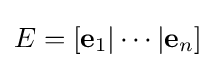
E=[\mathbf {e} _{1}|\cdots |\mathbf {e} _{n}]